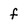
Character: f